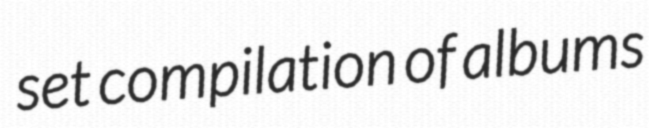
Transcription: set compilation of albums